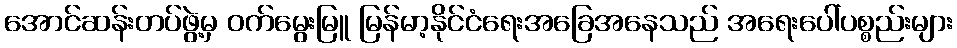
အောင်ဆန်းတပ်ဖွဲ့မှ ဝက်မွေးမြူ မြန်မာ့နိုင်ငံရေးအခြေအနေသည် အရေးပေါ်ပစ္စည်းများ